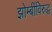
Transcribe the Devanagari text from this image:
झोम्बींविरुद्ध